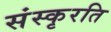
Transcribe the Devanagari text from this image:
संस्कृरति